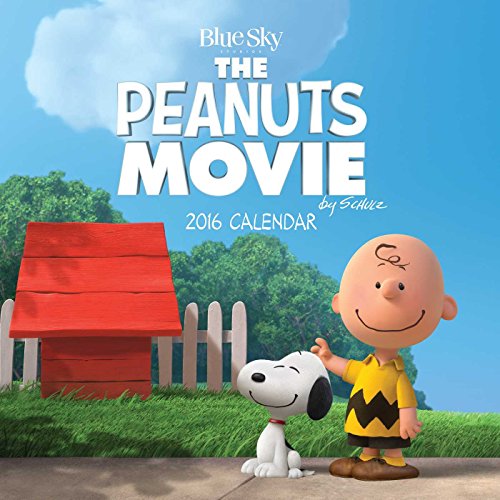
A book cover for The Peanuts Movie 2016 Mini Wall Calendar; Peanuts Worldwide LLC; Calendars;